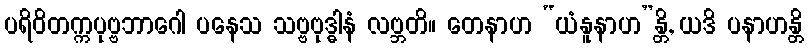
ပရိဝိတက္ကပုဗ္ဗဘာဂေါ ပနေသ သဗ္ဗဗုဒ္ဓါနံ လဗ္ဘတိ။ တေနာဟ “ယံနူနာဟ”န္တိ, ယဒိ ပနာဟန္တိ